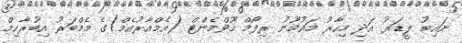
ނައިބު ލީޑަރު އަދި މިހާރު މައުމޫނު ރިފޯމް މޫވްމެންޓް (އެމްއާރުއެމް)ގެ މެމްބަރު އިބުރާހިމް